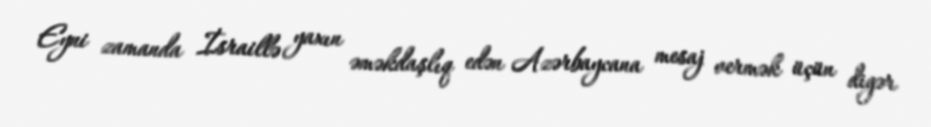
Eyni zamanda İsraillə yaxın əməkdaşlıq edən Azərbaycana mesaj vermək üçün digər